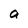
Character: a